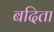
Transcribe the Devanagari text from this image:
बदिता